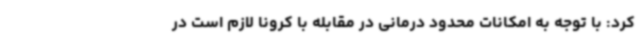
کرد: با توجه به امکانات محدود درمانی در مقابله با کرونا لازم است در